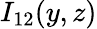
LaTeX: I_{12}(y,z)